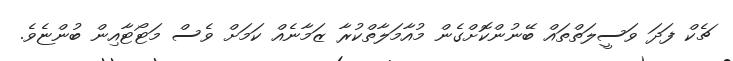
ޗެކް ފަދަ ވަސީލަތްތައް ބޭނުންކޮށްގެން މުއާމަލާތްކުރާ ޒަމާނެއް ކަމަށް ވެސް މަޓޯޓާއިން ބުންޏެވެ.